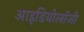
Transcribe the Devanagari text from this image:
आइडियोलॉजी